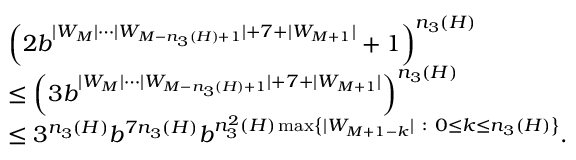
\begin{array} { r l } & { \left( 2 b ^ { | W _ { M } | \cdots | W _ { M - n _ { 3 } ( H ) + 1 } | + 7 + | W _ { M + 1 } | } + 1 \right) ^ { n _ { 3 } ( H ) } } \\ & { \leq \left( 3 b ^ { | W _ { M } | \cdots | W _ { M - n _ { 3 } ( H ) + 1 } | + 7 + | W _ { M + 1 } | } \right) ^ { n _ { 3 } ( H ) } } \\ & { \leq 3 ^ { n _ { 3 } ( H ) } b ^ { 7 n _ { 3 } ( H ) } b ^ { n _ { 3 } ^ { 2 } ( H ) \operatorname* { m a x } \left\{ | W _ { M + 1 - k } | \ : \ 0 \leq k \leq n _ { 3 } ( H ) \right\} } . } \end{array}